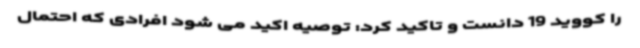
را کووید 19 دانست و تاکید کرد: توصیه اکید می شود افرادی که احتمال